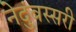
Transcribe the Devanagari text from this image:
नेदुंबस्सरी